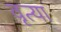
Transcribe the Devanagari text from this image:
वृत्या